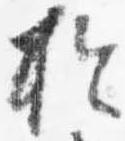
於